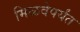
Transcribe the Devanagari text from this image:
मिळवेपर्यंत